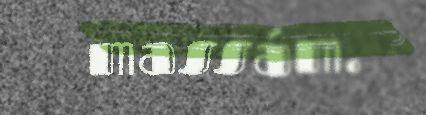
massám.